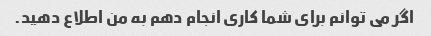
اگر می توانم برای شما کاری انجام دهم به من اطلاع دهید.